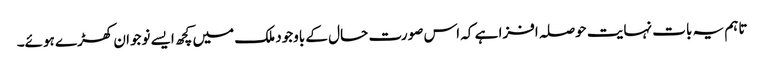
تاہم یہ بات نہایت حوصلہ افزا ہے کہ اس صورت حال کے باوجود ملک میں کچھ ایسے نوجوان کھڑے ہوئے۔